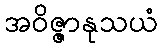
အဝိဇ္ဇာနုသယံ